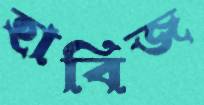
হাবিজ